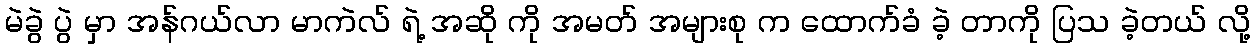
မဲခွဲ ပွဲ မှာ အန်ဂယ်လာ မာကဲလ် ရဲ့ အဆို ကို အမတ် အများစု က ထောက်ခံ ခဲ့ တာကို ပြသ ခဲ့တယ် လို့